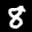
Digit: 8